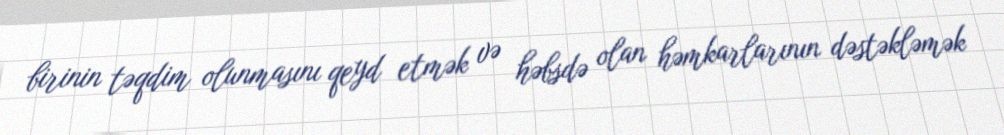
birinin təqdim olunmasını qeyd etmək və həbsdə olan həmkarlarının dəstəkləmək